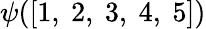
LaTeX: \psi([1,\ 2,\ 3,\ 4,\ 5])